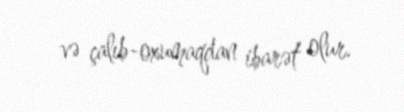
və çalıb-oxumaqdan ibarət olur.